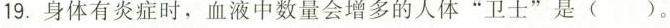
19.身体有炎症时，血液中数量会增多的人体”卫士”是()。